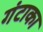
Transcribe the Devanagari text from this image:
गंटाका